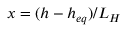
x = ( h - h _ { e q } ) / L _ { H }